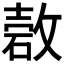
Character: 𰧋